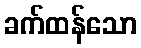
ခက်ထန်သော